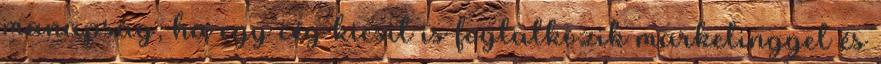
manapság, ha egy cég kicsit is foglalkozik marketinggel és